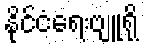
နိုင်ငံရေးဗျူရို